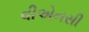
વીએનસી